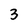
Character: 3